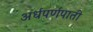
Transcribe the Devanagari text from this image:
अर्धपर्णपाती